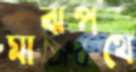
মাঝপথে